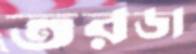
তরডা